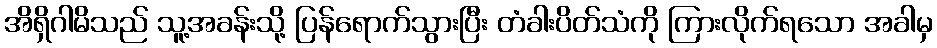
အိရှိဂါမိသည် သူ့အခန်းသို့ ပြန်ရောက်သွားပြီး တံခါးပိတ်သံကို ကြားလိုက်ရသော အခါမှ